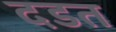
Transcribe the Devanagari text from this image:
दडत